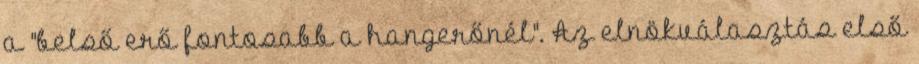
a "belső erő fontosabb a hangerőnél". Az elnökválasztás első